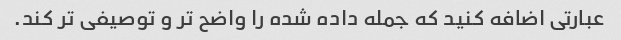
عبارتی اضافه کنید که جمله داده شده را واضح تر و توصیفی تر کند.